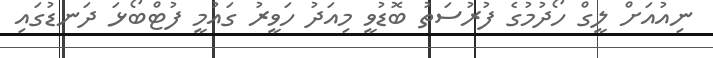
ނިއުއަށް ލީގް ހޯދުމުގެ ފުރުސަތު ބޮޑުވީ މިއަދު ހަވީރު ގައުމީ ފުޓްބޯޅަ ދަނޑުގައި